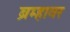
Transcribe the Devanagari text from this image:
ब्रम्हावर